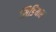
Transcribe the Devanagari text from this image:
सिडियास